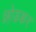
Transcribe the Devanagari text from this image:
छो़डकर